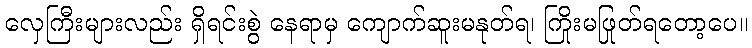
လှေကြီးများလည်း ရှိရင်းစွဲ နေရာမှ ကျောက်ဆူးမနုတ်ရ၊ ကြိုးမဖြုတ်ရတော့ပေ။